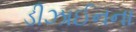
ડીઝાઈનના